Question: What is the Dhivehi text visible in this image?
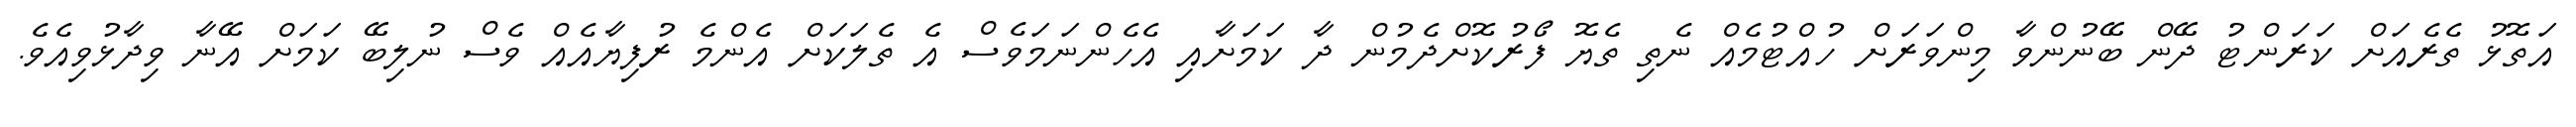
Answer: އަތޮޅު ތެރެއަށް ކަރަންޓު ދޭން ބޭނުންވާ މިންވަރަށް ހުއްޓުމެއް ނެތި ތެޔޮ ފޯރުކޮށްދެމުން ދާ ކަމަށާއި އެހެންނަމަވެސް އެ ތެލަކަށް އެންމެ ރުފިޔާއެއް ވެސް ނުލިބޭ ކަމަށް އޭނާ ވިދާޅުވިއެވެ.